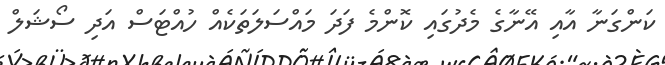
ކަންގަނާ އާއި އޭނާގެ މެދުގައި ކޮންމެ ފަދަ މައްސަލަތަކެއް ހުއްޓަސް އަދި ސޯޝަލް